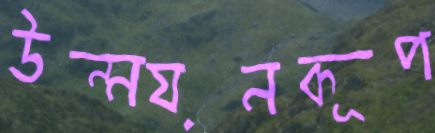
উন্নয়নকূপ